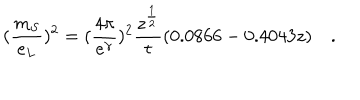
( \frac { m _ { S } } { e _ { L } } ) ^ { 2 } = ( \frac { 4 \pi } { e ^ { \gamma } } ) ^ { 2 } \frac { z ^ { \frac { 1 } { 2 } } } { t } ( 0 . 0 8 6 6 - 0 . 4 0 4 3 z ) \quad .